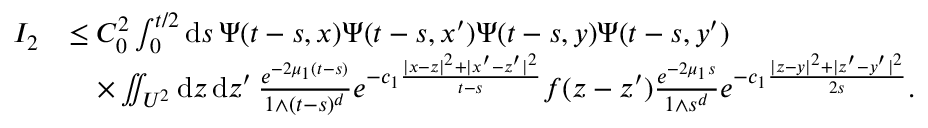
\begin{array} { r l } { I _ { 2 } } & { \le C _ { 0 } ^ { 2 } \int _ { 0 } ^ { t / 2 } \ensuremath { \mathrm { d } } s \, \Psi ( t - s , x ) \Psi ( t - s , x ^ { \prime } ) \Psi ( t - s , y ) \Psi ( t - s , y ^ { \prime } ) } \\ & { \quad \times \iint _ { U ^ { 2 } } \ensuremath { \mathrm { d } } z \, \ensuremath { \mathrm { d } } z ^ { \prime } \, \frac { e ^ { - 2 \mu _ { 1 } ( t - s ) } } { 1 \wedge ( t - s ) ^ { d } } e ^ { - c _ { 1 } \frac { | x - z | ^ { 2 } + | x ^ { \prime } - z ^ { \prime } | ^ { 2 } } { t - s } } f ( z - z ^ { \prime } ) \frac { e ^ { - 2 \mu _ { 1 } s } } { 1 \wedge s ^ { d } } e ^ { - c _ { 1 } \frac { | z - y | ^ { 2 } + | z ^ { \prime } - y ^ { \prime } | ^ { 2 } } { 2 s } } . } \end{array}